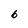
Character: 6